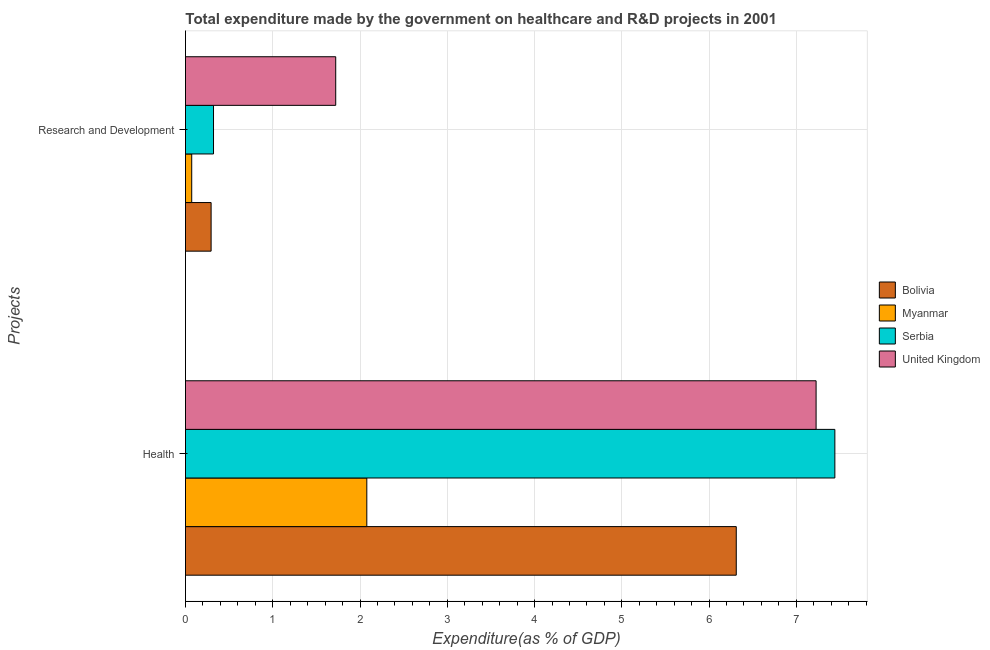
| Projects | Bolivia | Myanmar | Serbia | United Kingdom |
 | --- | --- | --- | --- | --- |
 | Health | 6.31 | 2.08 | 7.44 | 7.23 |
 | Research and Development | 0.294 | 0.0714 | 0.321 | 1.72 |